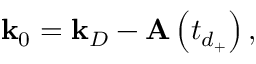
\mathbf { k } _ { 0 } = \mathbf { k } _ { D } - \mathbf { A } \left( t _ { d _ { + } } \right) ,